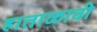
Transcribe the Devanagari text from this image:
हाताळावी